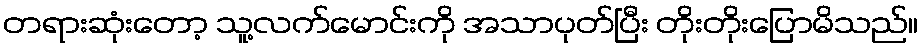
တရားဆုံးတော့ သူ့လက်မောင်းကို အသာပုတ်ပြီး တိုးတိုးပြောမိသည်။